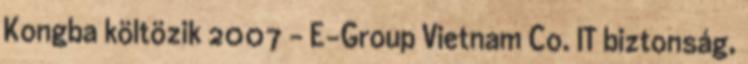
Kongba költözik 2007 - E-Group Vietnam Co. IT biztonság,